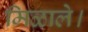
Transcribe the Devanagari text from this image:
मिळाले।